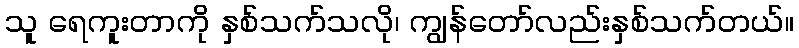
သူ ရေကူးတာကို နှစ်သက်သလို၊ ကျွန်တော်လည်းနှစ်သက်တယ်။